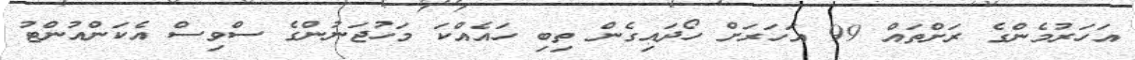
އަހަރުމެންގެ ރަށްތައް 99 އަހަރަށް ހޯދައިގެން ތިބި ހައެއްކަ މަހުޖަނުންގެ ސްވިސް އެކަންއުންޓު